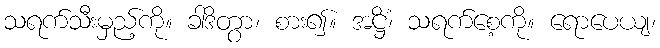
သရက်သီးမှည့်ကို။ ခါဒိတွာ၊ စား၍။ အဋ္ဌိံ၊ သရက်စေ့ကို။ ရောပေယျ၊